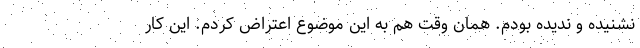
نشنیده و ندیده بودم. همان وقت هم به این موضوع اعتراض کردم. این کار